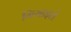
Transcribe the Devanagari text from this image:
मिसाइले